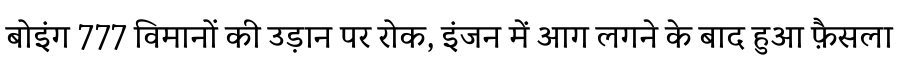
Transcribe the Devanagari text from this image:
बोइंग 777 विमानों की उड़ान पर रोक, इंजन में आग लगने के बाद हुआ फ़ैसला